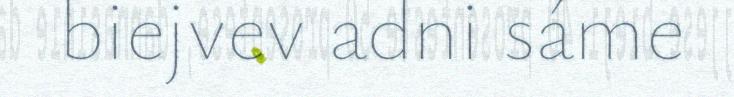
biejvev adni sáme